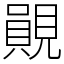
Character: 䚋